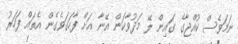
ނަމަވެސް ކުއްޖާގެ ގައިން ލޭ މަދުވާކަން އޭނާ އަށް ފާހަގަވެގެން އެތައް ފަހަރު